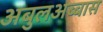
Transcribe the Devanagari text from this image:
अबुलअब्बास